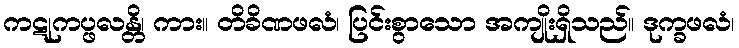
ကဋုကပ္ဖလန္တိ၊ ကား။ တိခိဏဖလံ၊ ပြင်းစွာသော အကျိုးရှိသည်။ ဒုက္ခဖလံ၊